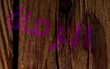
الرماة